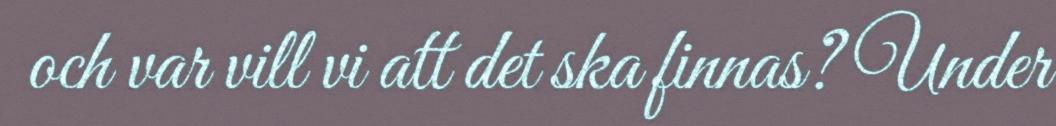
och var vill vi att det ska finnas? Under